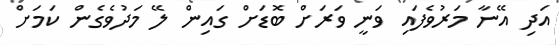
އަދި އޭނާ މަރުވެފައި ވަނީ ވަރަށް ބޮޑަށް ގައިން ލޭ މަދުވެގެން ކަމަށް